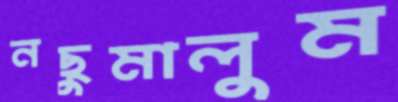
নছুমালুম